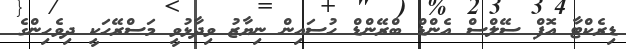
ޑިރެކްޓާ އޮފް ސޭލްސް އެންޑް ބްރޭންޑް ހުސައިން ނިޔާޒު ވިދާޅުވީ މަސްރޭހަކީ ދިވެހިންގެ